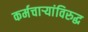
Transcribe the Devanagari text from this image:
कर्मचार्‍यांविरुद्ध